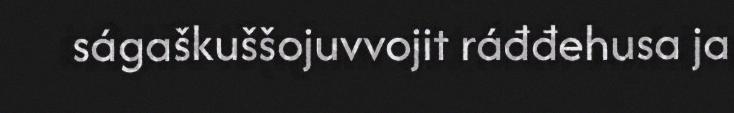
ságaškuššojuvvojit ráđđehusa ja